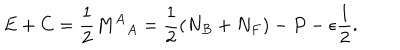
LaTeX: E + C = \frac { 1 } { 2 } { M ^ { A } } _ { A } = \frac { 1 } { 2 } \left( N _ { B } + N _ { F } \right) - P - \epsilon \frac { 1 } { 2 } .